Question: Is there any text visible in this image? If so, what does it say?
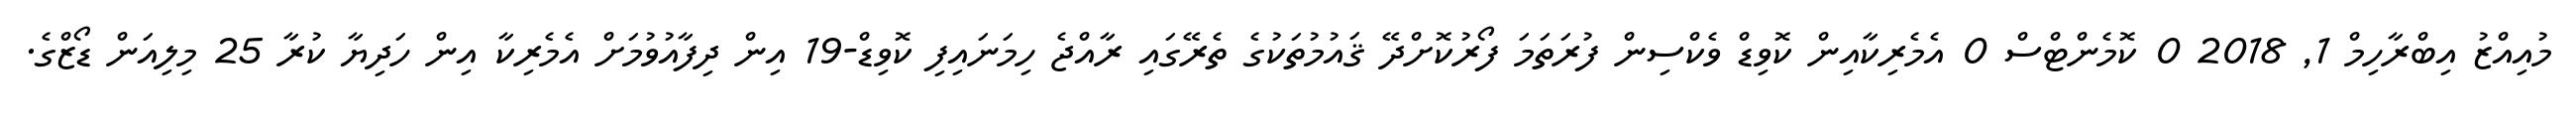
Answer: މުއިއްޒު އިބްރާހިމް 1, 2018 0 ކޮމެންޓްސް 0 އެމެރިކާއިން ކޮވިޑް ވެކްސިން ފުރަތަމަ ފޯރުކޮށްދޭ ޤައުމުތަކުގެ ތެރޭގައި ރާއްޖެ ހިމަނައިފި ކޮވިޑް-19 އިން ދިފާއުވުމަށް އެމެރިކާ އިން ހަދިޔާ ކުރާ 25 މިލިއަން ޑޯޒްގެ.